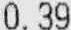
0.39